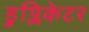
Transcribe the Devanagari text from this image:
डुप्लिकेटर